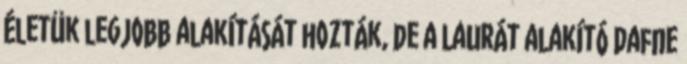
életük legjobb alakítását hozták, de a Laurát alakító Dafne